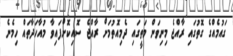
ގައުމެއްގެ ގޮތުގައި ރާއްޖެ މިނިވަން މަތީގައި ދެމިއޮތުމަަށް ރާއްޖެ ސޮއިކޮށްފައިވާ މުއާހަދާތައް ހިމެނެ